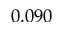
0 . 0 9 0